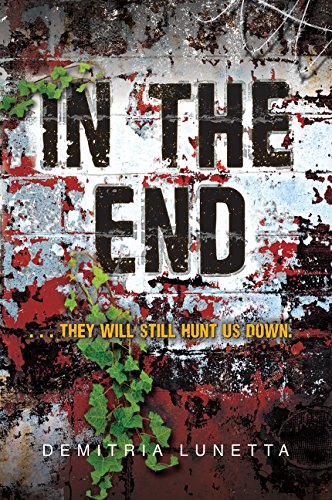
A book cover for In the End (In the After); Demitria Lunetta; Teen & Young Adult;